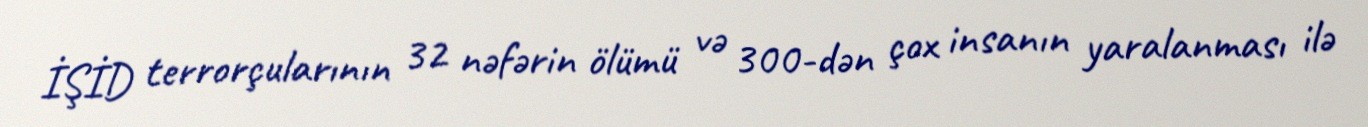
İŞİD terrorçularının 32 nəfərin ölümü və 300-dən çox insanın yaralanması ilə